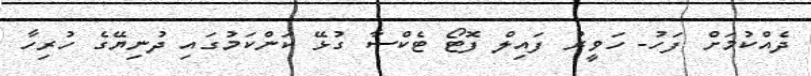
ދެއްކުމަށް ފަހު- ހަވީރު ފައިލް ފޮޓޯ ޓެކްސާ ގުޅޭ ކަންކަމުގައި ދުނިޔޭގެ ހުރިހާ